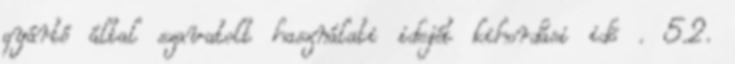
gyártó által szavatolt használati idejét kihordási idõ . 5.2.